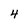
Character: 4